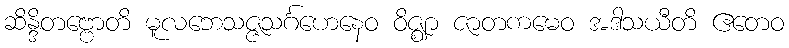
ဆိန္ဒိတဗ္ဗောတိ မူလဘေသဇ္ဇသင်္ဂဟေနေဝ ဝိဇ္ဈာ ဇာတကမေဝ အဒါသယီတိ ဧတေဝ